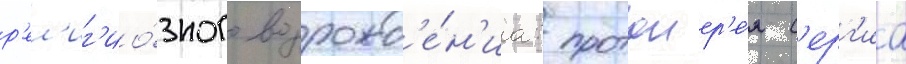
р'ел'иг'ио́зного возрожд'е́н'иа: протоиер'е́я с'ерг'иа